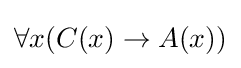
\forall x(C(x)\to A(x))